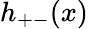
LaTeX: h_{+-}(x)